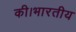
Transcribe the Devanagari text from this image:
की।भारतीय